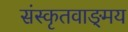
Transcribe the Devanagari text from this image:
संस्कृतवाङ्‌मय